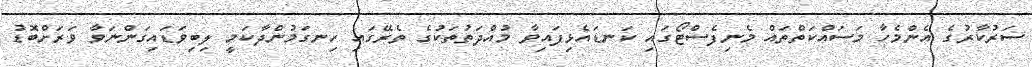
ސަރުކާރުގެ އެންމެހާ މަސައްކަތްތައް މެނިފެސްޓޯގައި ކަނޑައެޅިފައިވާ މުއްދަތުތަކުގެ ތެރޭގައި ހިނގަމުންދާކަމީ ލިބިވަޑައިގަންނަވާ ވަރަށްބޮޑު